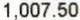
1,007.50